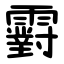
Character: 䨴